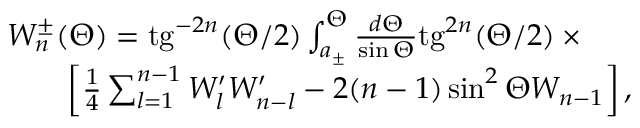
\begin{array} { l } { { W _ { n } ^ { \pm } ( \Theta ) = \mathrm { t g } ^ { - 2 n } ( \Theta / 2 ) \int _ { a _ { \pm } } ^ { \Theta } \frac { d \Theta } { \sin \Theta } \mathrm { t g } ^ { 2 n } ( \Theta / 2 ) \times { } \qquad { } } } \\ { { \qquad \left[ \frac 1 4 \sum _ { l = 1 } ^ { n - 1 } W _ { l } ^ { \prime } W _ { n - l } ^ { \prime } - 2 ( n - 1 ) \sin ^ { 2 } \Theta W _ { n - 1 } \right] , } } \end{array}